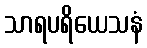
သာရပရိယေသနံ